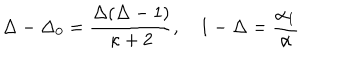
LaTeX: \Delta - \Delta _ { 0 } = \frac { \Delta ( \Delta - 1 ) } { \kappa + 2 } , ~ 1 - \Delta = { \frac { \alpha _ { 1 } } { \alpha } }